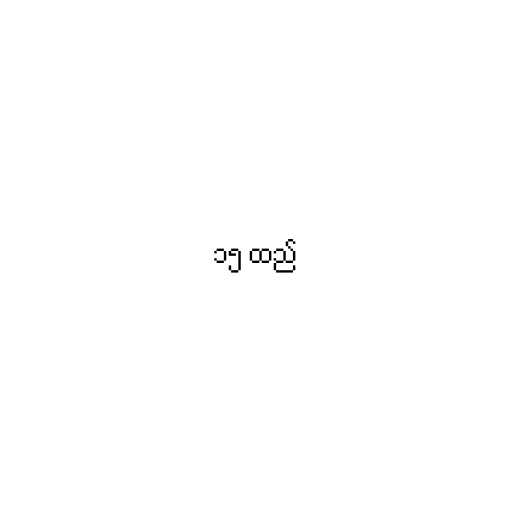
၁၅ ထည်